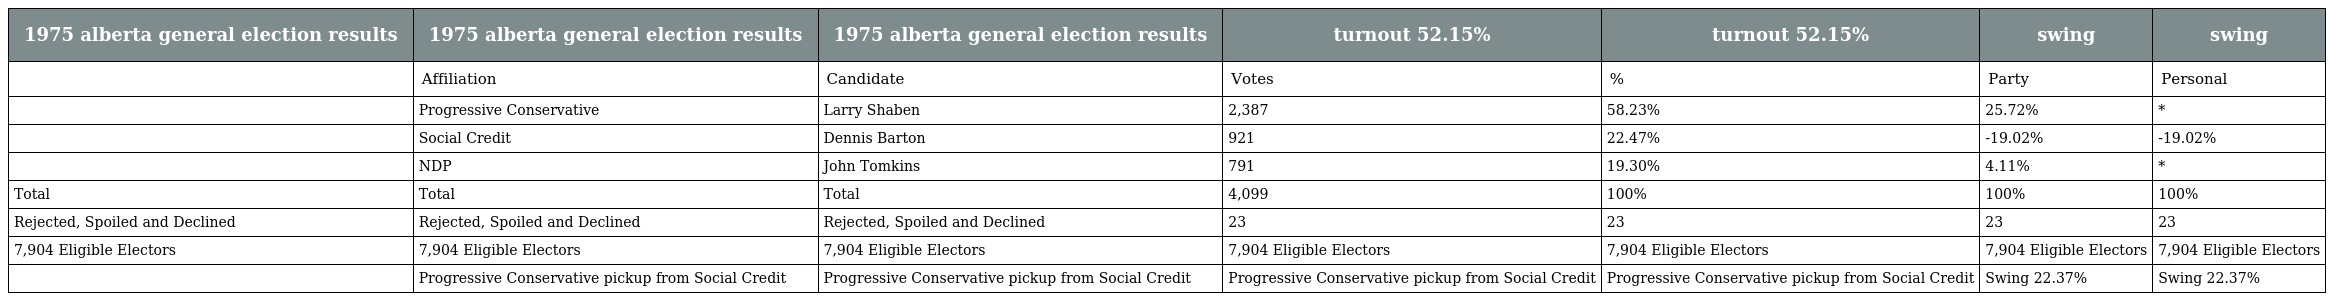
| 1975 alberta general election results | 1975 alberta general election results | 1975 alberta general election results | turnout 52.15% | turnout 52.15% | swing | swing |
 | --- | --- | --- | --- | --- | --- | --- |
 |  | Affiliation | Candidate | Votes | % | Party | Personal |
 |  | Progressive Conservative | Larry Shaben | 2,387 | 58.23% | 25.72% | * |
 |  | Social Credit | Dennis Barton | 921 | 22.47% | -19.02% | -19.02% |
 |  | NDP | John Tomkins | 791 | 19.30% | 4.11% | * |
 | Total | Total | Total | 4,099 | 100% | 100% | 100% |
 | Rejected, Spoiled and Declined | Rejected, Spoiled and Declined | Rejected, Spoiled and Declined | 23 | 23 | 23 | 23 |
 | 7,904 Eligible Electors | 7,904 Eligible Electors | 7,904 Eligible Electors | 7,904 Eligible Electors | 7,904 Eligible Electors | 7,904 Eligible Electors | 7,904 Eligible Electors |
 |  | Progressive Conservative pickup from Social Credit | Progressive Conservative pickup from Social Credit | Progressive Conservative pickup from Social Credit | Progressive Conservative pickup from Social Credit | Swing 22.37% | Swing 22.37% |